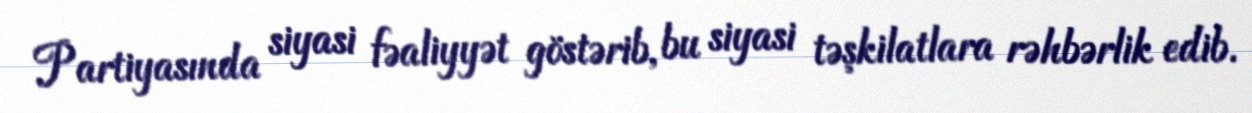
Partiyasında siyasi fəaliyyət göstərib, bu siyasi təşkilatlara rəhbərlik edib.